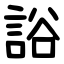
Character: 䛦